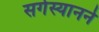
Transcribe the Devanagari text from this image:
सर्गस्यानने